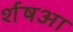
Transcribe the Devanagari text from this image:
र्शषआ